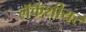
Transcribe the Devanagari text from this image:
लॅकॅशीयर